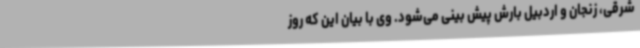
شرقی، زنجان و اردبیل بارش پیش بینی می‌شود. وی با بیان این که روز